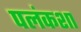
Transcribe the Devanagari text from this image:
पलंकशा